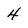
Character: 4